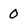
Character: 0